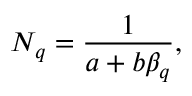
N _ { q } = \frac { 1 } { a + b \beta _ { q } } ,